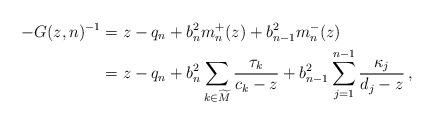
LaTeX: \begin{align*} -G(z,n)^{-1}&=z-q_n+b_n^2m_n^+(z)+b_{n-1}^2m_n^-(z)\\ &=z-q_n+b_n^2\sum_{k\in\widetilde{M}}\frac{\tau_k}{c_k-z}+b_{n-1}^2\sum_{j=1}^{n-1}\frac{\kappa_j}{d_j-z}\,,\end{align*}